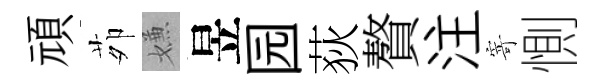
頑茆嫌昱园荻贅注寄惻